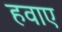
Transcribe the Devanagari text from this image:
हवाए